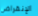
الإنقراض